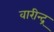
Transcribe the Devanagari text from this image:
वारीन्द्र